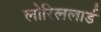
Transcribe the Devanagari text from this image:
लोरिललार्ड